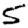
Digit: 5